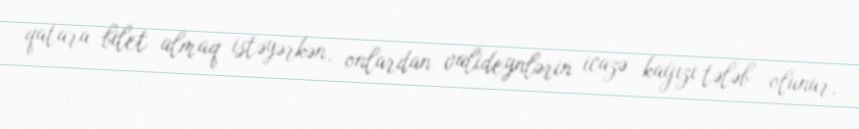
qatara bilet almaq istəyərkən, onlardan valideynlərin icazə kağızı tələb olunur,